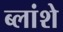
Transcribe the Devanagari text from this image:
ब्लांशे